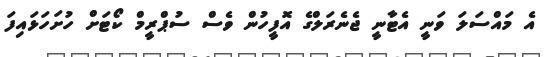
އެ މައްސަލަ ވަނީ އެޓާނީ ޖެނެރަލްގެ އޮފީހުން ވެސް ސުޕްރީމް ކޯޓަށް ހުށަހަޅައިފަ